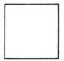
\Box